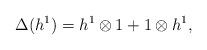
LaTeX: \begin{align*}\Delta (h^{1}) = h^{1} \otimes 1 + 1 \otimes h^{1},\end{align*}